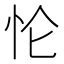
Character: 𰑄